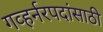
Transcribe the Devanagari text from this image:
गव्हर्नरपदांसाठी